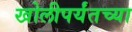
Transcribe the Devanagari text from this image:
खोलीपर्यंतच्या